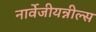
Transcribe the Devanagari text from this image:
नार्वेजीयन्नील्स